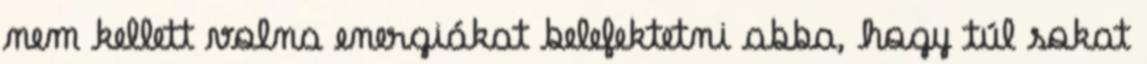
nem kellett volna energiákat belefektetni abba, hogy túl sokat